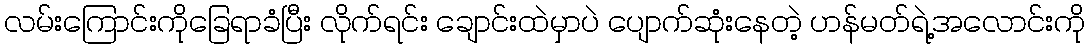
လမ်းကြောင်းကိုခြေရာခံပြီး လိုက်ရင်း ချောင်းထဲမှာပဲ ပျောက်ဆုံးနေတဲ့ ဟန်မတ်ရဲ့အလောင်းကို